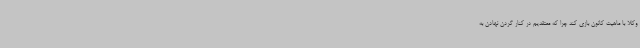
وکلا با ماهیت کانون بازی کند چرا که معتقدیم در کنار گردن نهادن به